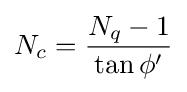
N_{c}={\frac {N_{q}-1}{\tan \phi '}}